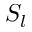
S _ { l }